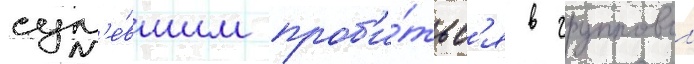
сум'е́вшим проб'и́тьс'я в групповои